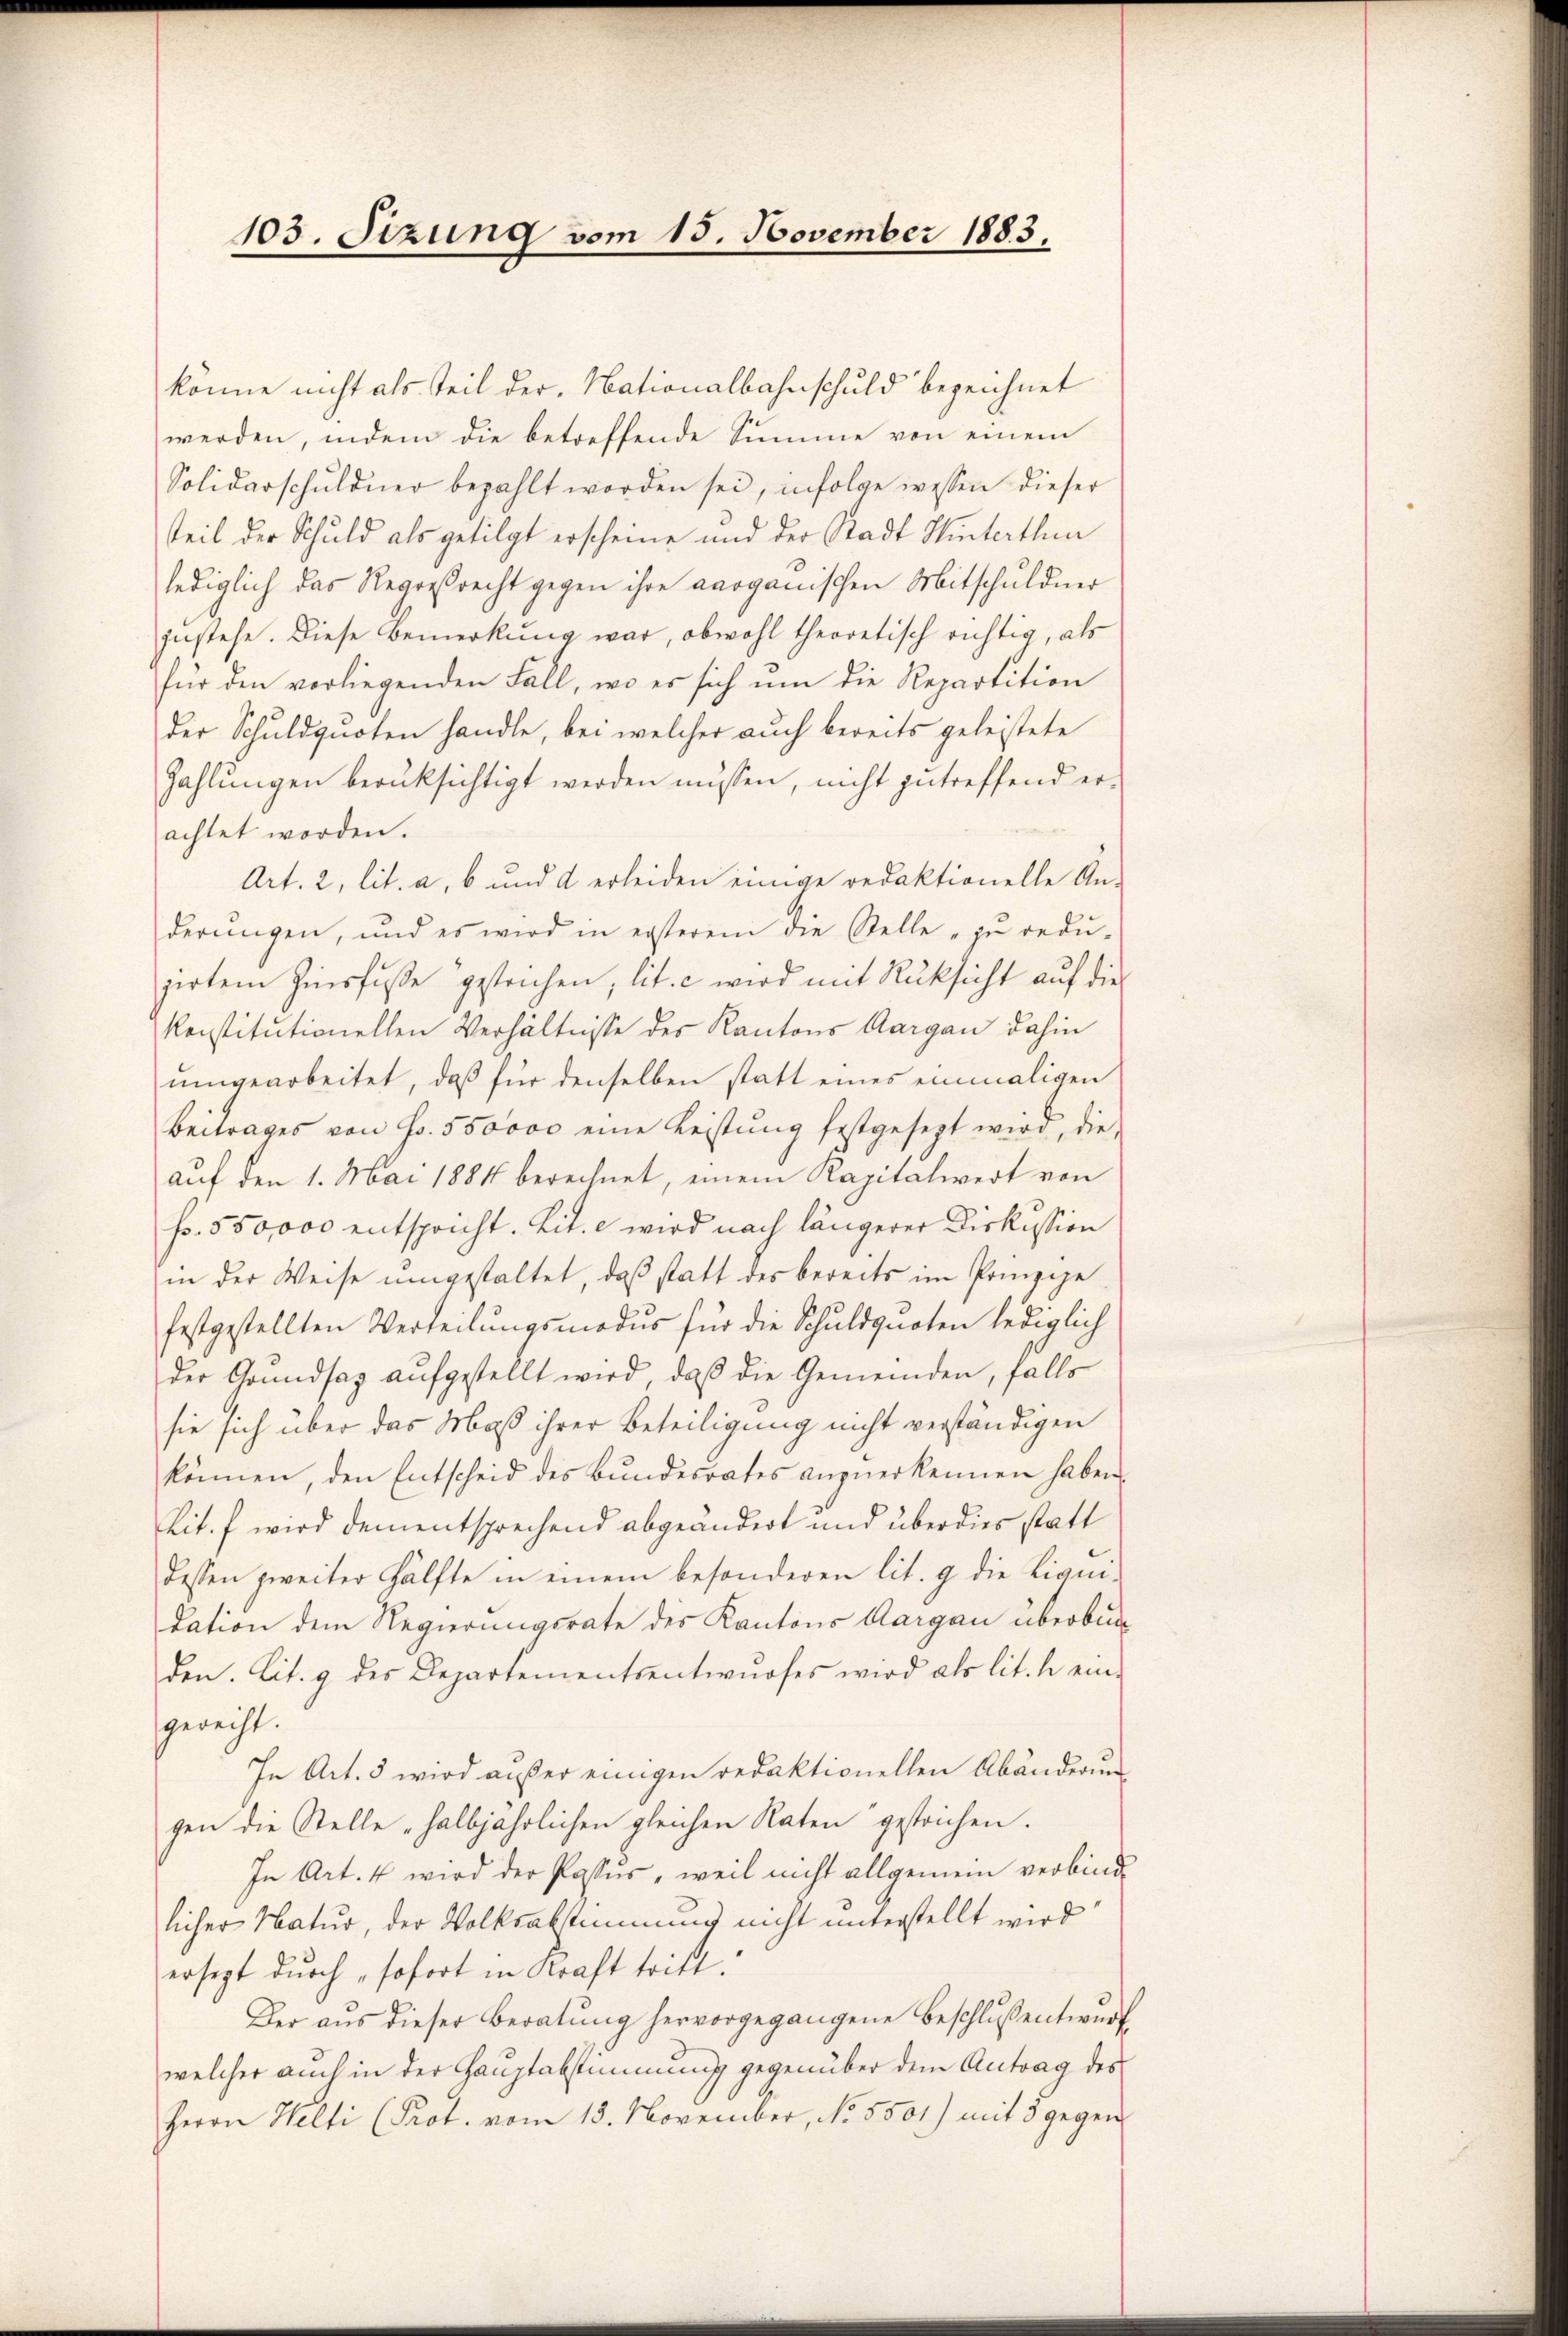
103. Sizung vom 15. November 1883,

könne nicht als Teil der Nationalbahnschuld bezeichnet
werden, indem die betreffende Summe von einem
Solidarschuldner bezahlt worden sei, infolge wessen dieser
teil der Schuld als getilgt erscheine und der Stadt Winterthur
lediglich das Regresrecht gegen ihre aarganischen Mitschuldner
zustehe. Diese Bemerkung war, obwohl theoretisch richtig, als
für den vorliegenden Fall, wo er sich ŭm die Repartition
der Schuldquoten handle, bei welcher auch bereits geleistete
Zahlungen berüksichtigt werden müssen, nicht zutreffend erachtet worden.
Art. 2, lit. a, b und d erleiden einige redaktionelle An-
derŭngen, und es wird in ersterem die Stelle zŭ redŭ-
zirten Zinsfusse gestrichen, lit. c wird mit Rüksicht auf die
konstitutionellen Verhältnisse des Kantons Aargau dahin
umwearbeitet, daß für denselben statt eines einmaligen
Beitrages von Fr. 550000 eine Leistŭng festgesezt wird, die
auf den 1. Mai 1884 berechnet, einem Kapitalwert von
f. 550,000 entspricht. Lit. c wird nach längerer Diskussion
in der Weise umgestaltet, daß statt des bereits im Prinzipe
festgestellten Verteilungsmodus für die Schuldguoten lediglich
der Grundsaz aŭfgestellt wird, daß die Gemeinden, falls
sie sich über das Maß ihrer Beteiligung nicht verständigen
können, den Entscheid des Bŭndesrates anzŭerkennen haben.
Lit. f wird dementsprechend abgeändert und überdies statt
dessen zweiter Hälfte in einem besonderen lit. 9 die Liam-
dation dem Regierungsrate des Kantons Aargau überbunden. Lit. 9 des Departementsentwurfes wird als lit. h ein-
gerecht.
In Art. 5 wird außer einigen redaktionellen Abänderung
gen die Stelle halbjährlichen gleichen Raten gestrichen.
In Art. 4 wird der Passus, weil nicht allgemein verbind
licher Natur, der Volksabstimmung nicht unterstellt wird
ersezt durch „sofort in Kraft tritt.
Der aus dieser Beratŭng hervorgegangene Beschluß entwurf
welcher auch in der Hauptabstimmung gegenüber dem Antrag des
Herrn Helti (Prot. vom 13. November, No. 5501) mit 8 gegen